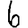
Digit: 6